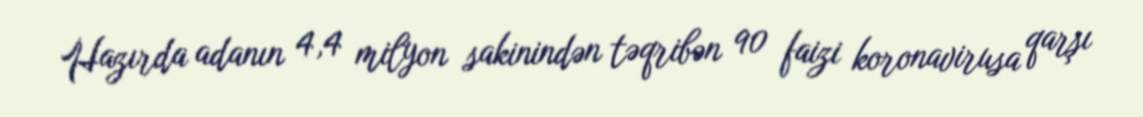
Hazırda adanın 4,4 milyon sakinindən təqribən 90 faizi koronavirusa qarşı